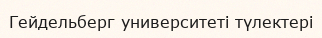
Гейдельберг университеті түлектері